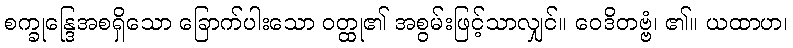
စက္ခုန္ဒြေအစရှိသော ခြောက်ပါးသော ဝတ္ထု၏ အစွမ်းဖြင့်သာလျှင်။ ဝေဒိတဗ္ဗံ၊ ၏။ ယထာဟ၊